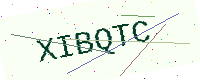
Text: XIBQTC